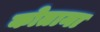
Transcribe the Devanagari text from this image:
कोताना